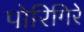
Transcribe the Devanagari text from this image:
पोरिगिरे